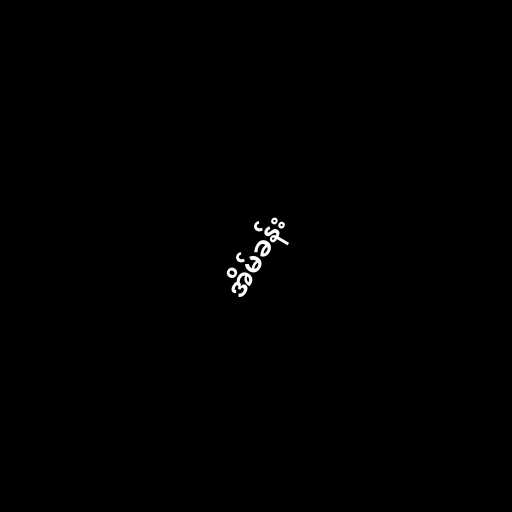
အိမ်ခန်း